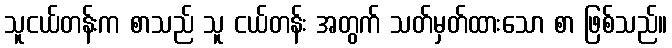
သူငယ်တန်းက စာသည် သူ ငယ်တန်း အတွက် သတ်မှတ်ထားသော စာ ဖြစ်သည်။